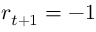
r _ { t + 1 } = - 1